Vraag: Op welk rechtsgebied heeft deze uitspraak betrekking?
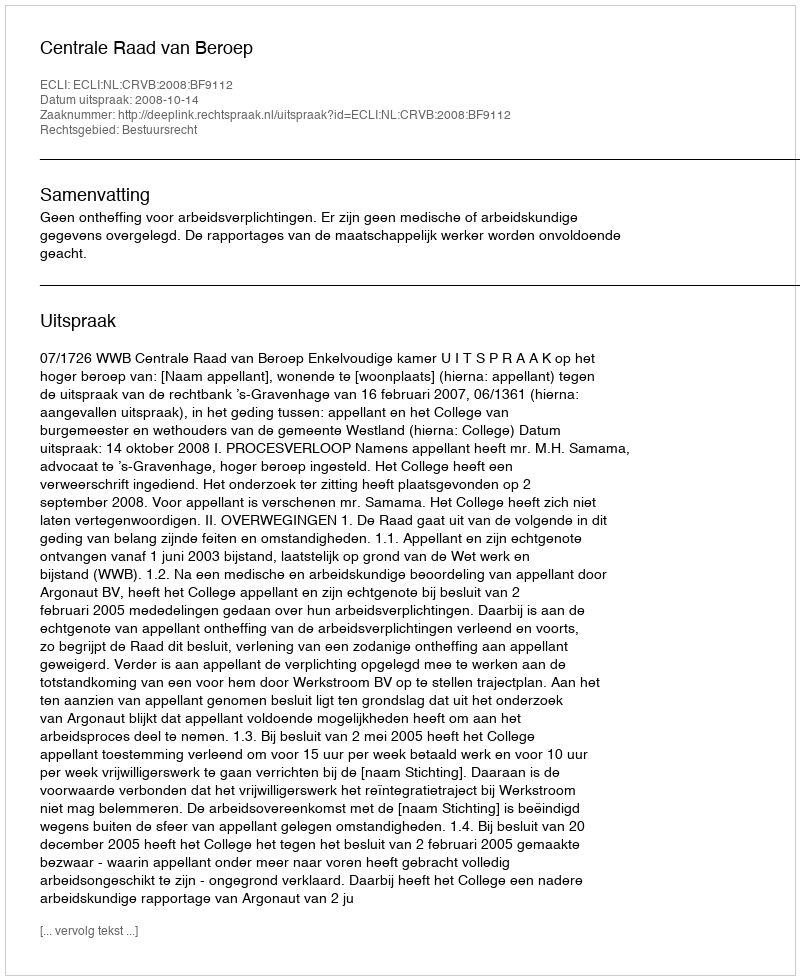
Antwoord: Bestuursrecht